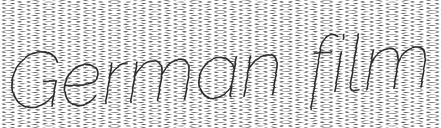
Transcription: German film